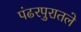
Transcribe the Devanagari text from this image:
पंढरपुरातले